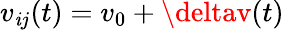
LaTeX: v_{\mathit{i}j}(t)=v_{0}+\deltav(t)